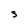
Character: S